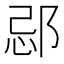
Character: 𨛑